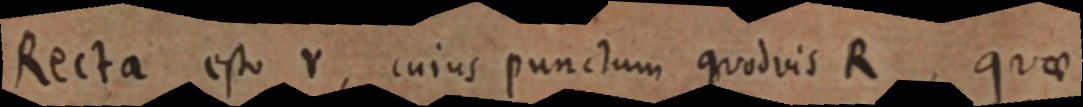
Recta est Y, cuius punctum quodvis R quae